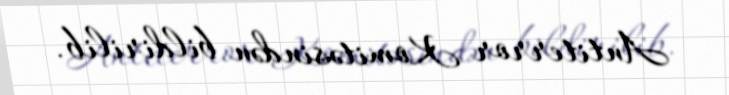
Antiterror Komitəsindən bildirilib.